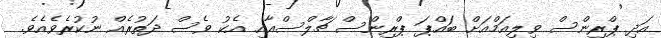
އަދި ޕްރިންސް ވިލިއަމްއަށް ބައްޕަ ޕްރިންސް ޗާލްސްއާއި އެކު ވެސް ދަތުރެއް ނުކުރެވެއެވެ.